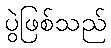
ပွဲဖြစ်သည်